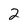
Character: 2